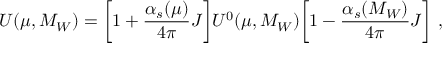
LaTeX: U ( \mu , M _ { W } ) = \biggl [ 1 + \frac { \alpha _ { s } ( \mu ) } { 4 \pi } J \biggr ] U ^ { 0 } ( \mu , M _ { W } ) \biggl [ 1 - \frac { \alpha _ { s } ( M _ { W } ) } { 4 \pi } J \biggr ] \ ,